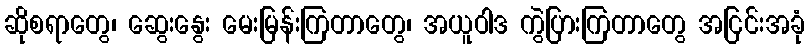
ဆိုစရာတွေ၊ ဆွေးနွေး မေးမြန်းကြတာတွေ၊ အယူဝါဒ ကွဲပြားကြတာတွေ အငြင်းအခုံ